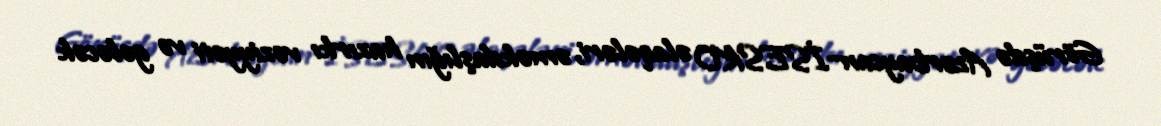
Görüşdə Azərbaycan-İSESKO əlaqələri, əməkdaşlığın hazırkı vəziyyəti və gələcək